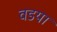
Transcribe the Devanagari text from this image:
वडया